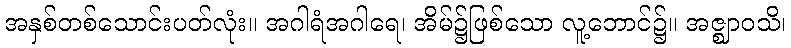
အနှစ်တစ်သောင်းပတ်လုံး။ အဂါရံအဂါရေ၊ အိမ်၌ဖြစ်သော လူ့ဘောင်၌။ အဇ္ဈာဝသိ၊